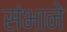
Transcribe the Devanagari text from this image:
संभाने